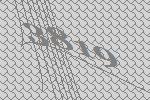
3819